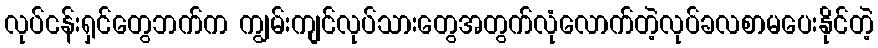
လုပ်ငန်းရှင်တွေဘက်က ကျွမ်းကျင်လုပ်သားတွေအတွက်လုံလောက်တဲ့လုပ်ခလစာမပေးနိုင်တဲ့